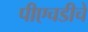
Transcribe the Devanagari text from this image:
पीएचडीचे